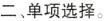
二 单项选择。